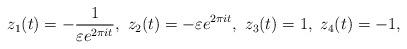
LaTeX: \begin{align*}z_1(t) = -\dfrac{1}{\varepsilon e^{2 \pi i t}},\ z_2(t) = - \varepsilon e^{2 \pi i t},\ z_3(t) = 1,\ z_4(t) = -1, \end{align*}